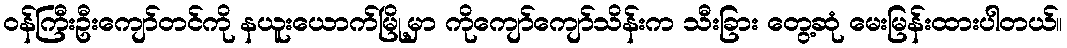
ဝန်ကြီးဦးကျော်တင်ကို နယူးယောက်မြို့မှာ ကိုကျော်ကျော်သိန်းက သီးခြား တွေ့ဆုံ မေးမြန်းထားပါတယ်။